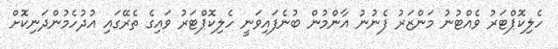
ހެލިކޮޕްޓަރު ވެއްޓުނު މަންޒަރު ފެނުނު އާންމުން ބުނެފައިވަނީ ހެލިކޮޕްޓަރު ވައިގެ ތެރޭގައި އުދުހެމުންދަނިކޮށް